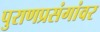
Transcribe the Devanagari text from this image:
पुराणप्रसंगांवर